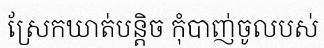
ស្រែកឃាត់បន្តិច កុំបាញ់ចូលបស់